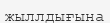
жыллдығына